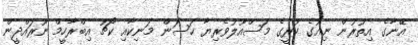
އޭނާގެ އިތުރުން ނިއުގެ ކުރީގެ މަސްއޫލުވެރިޔާ ހަސަން މަނިކާއި ކޯޗު އިބްރާހީމް ނޫރައްދީން